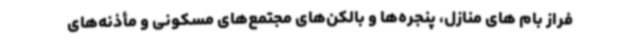
فراز بام های منازل، پنجره‌ها و بالکن‌های مجتمع‌های مسکونی و مأذنه‌های